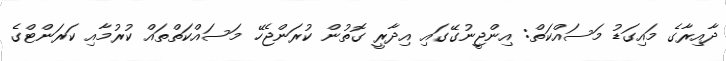
ދާއިރާގެ މައިގަޑު މަސައްކަތް: އިންޖީނުގޭގައި އިދާރީ ގޮތުން ކުރަންޖެހޭ މަސައްކަތްތައް ކުރުމާއި ކަރަންޓްގެ